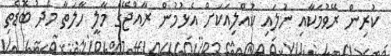
ކުރިން ރޭވުމަކާއި ނުލައި ކުއްލިއަކަށް އެޅުމުން ރާއްޖޭގެ މާލީ ހާލަތާ މެދު ބޮޑެތި